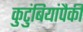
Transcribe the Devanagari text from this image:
कुटुंबियांपैकी